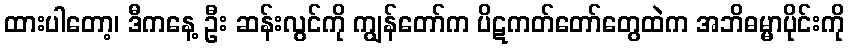
ထားပါတော့၊ ဒီကနေ့ ဦး ဆန်းလွင်ကို ကျွန်တော်က ပိဋကတ်တော်တွေထဲက အဘိဓမ္မာပိုင်းကို